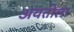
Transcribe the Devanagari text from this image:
अयतोला